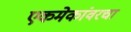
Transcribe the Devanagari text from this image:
एकमेकांवरचा